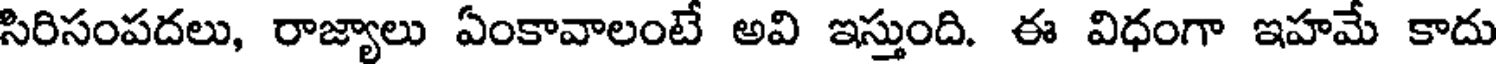
సిరిసంపదలు, రాజ్యాలు ఏంకావాలంటే అవి ఇస్తుంది. ఈ విధంగా ఇహమే కాదు